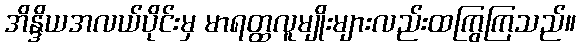
အိန္ဒိယအလယ်ပိုင်းမှ မာရတ္ထလူမျိုးများလည်းထကြွကြသည်။